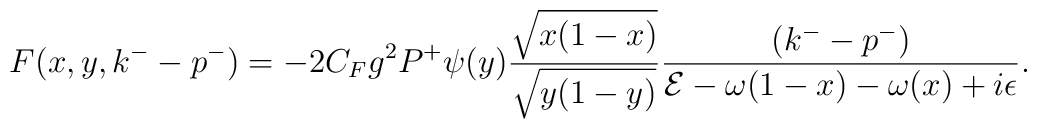
F(x,y,k^--p^-)=-2C_F g^2 P^+ \psi(y) {{\sqrt{x(1-x)}}\over {\sqrt{y(1-y)}}}{{(k^--p^-)}\over {{\cal E}-\omega(1-x)-\omega(x)+i\epsilon}}.